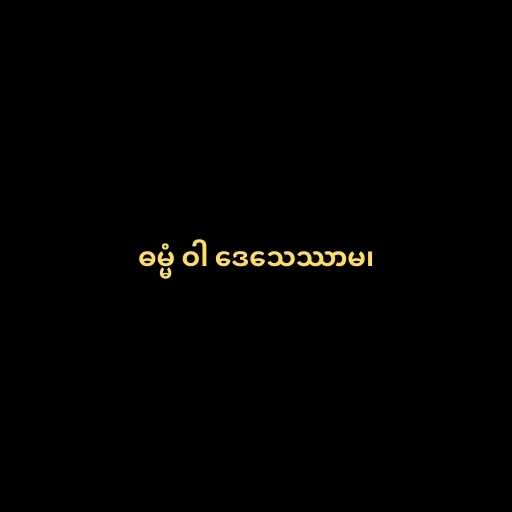
ဓမ္မံ ဝါ ဒေသေဿာမ၊